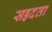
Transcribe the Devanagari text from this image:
सहृदता